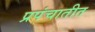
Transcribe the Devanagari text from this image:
प्रपंचातीत